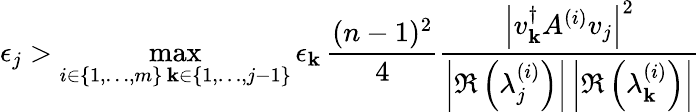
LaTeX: \epsilon_{j}>\operatorname*{max}_{\substack{i\in\{ 1,\dots,m\} \, \mathbf{k}\in\{ 1,\dots,j-1\} }}\epsilon_{\mathbf{k}}\, \frac{{(n-1)^{2}}}{{4}}\frac{{\left|v_{\mathbf{k}}^{\dagger}A^{(i)}v_{j}\right|^{2}}}{{\left|\Re\left(\lambda_{j}^{(i)}\right)\right|\left|\Re\left(\lambda_{\mathbf{k}}^{(i)}\right)\right|}}